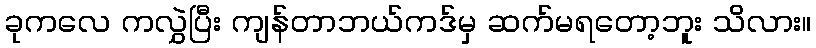
ခုကလေ ကလွှဲပြီး ကျန်တာဘယ်ကဒ်မှ ဆက်မရတော့ဘူး သိလား။